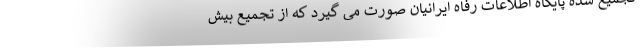
تجمیع شده پایگاه اطلاعات رفاه ایرانیان صورت می گیرد که از تجمیع بیش